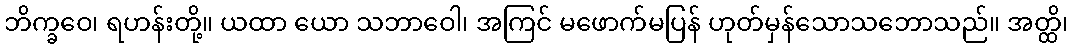
ဘိက္ခဝေ၊ ရဟန်းတို့။ ယထာ ယော သဘာဝေါ၊ အကြင် မဖောက်မပြန် ဟုတ်မှန်သောသဘောသည်။ အတ္ထိ၊